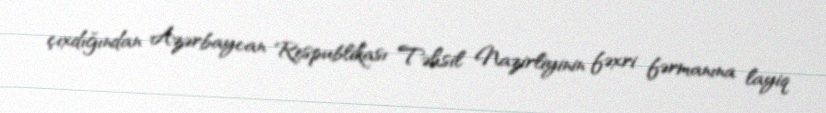
çıxdığından Azərbaycan Respublikası Təhsil Nazirliyinin fəxri fərmanına layiq